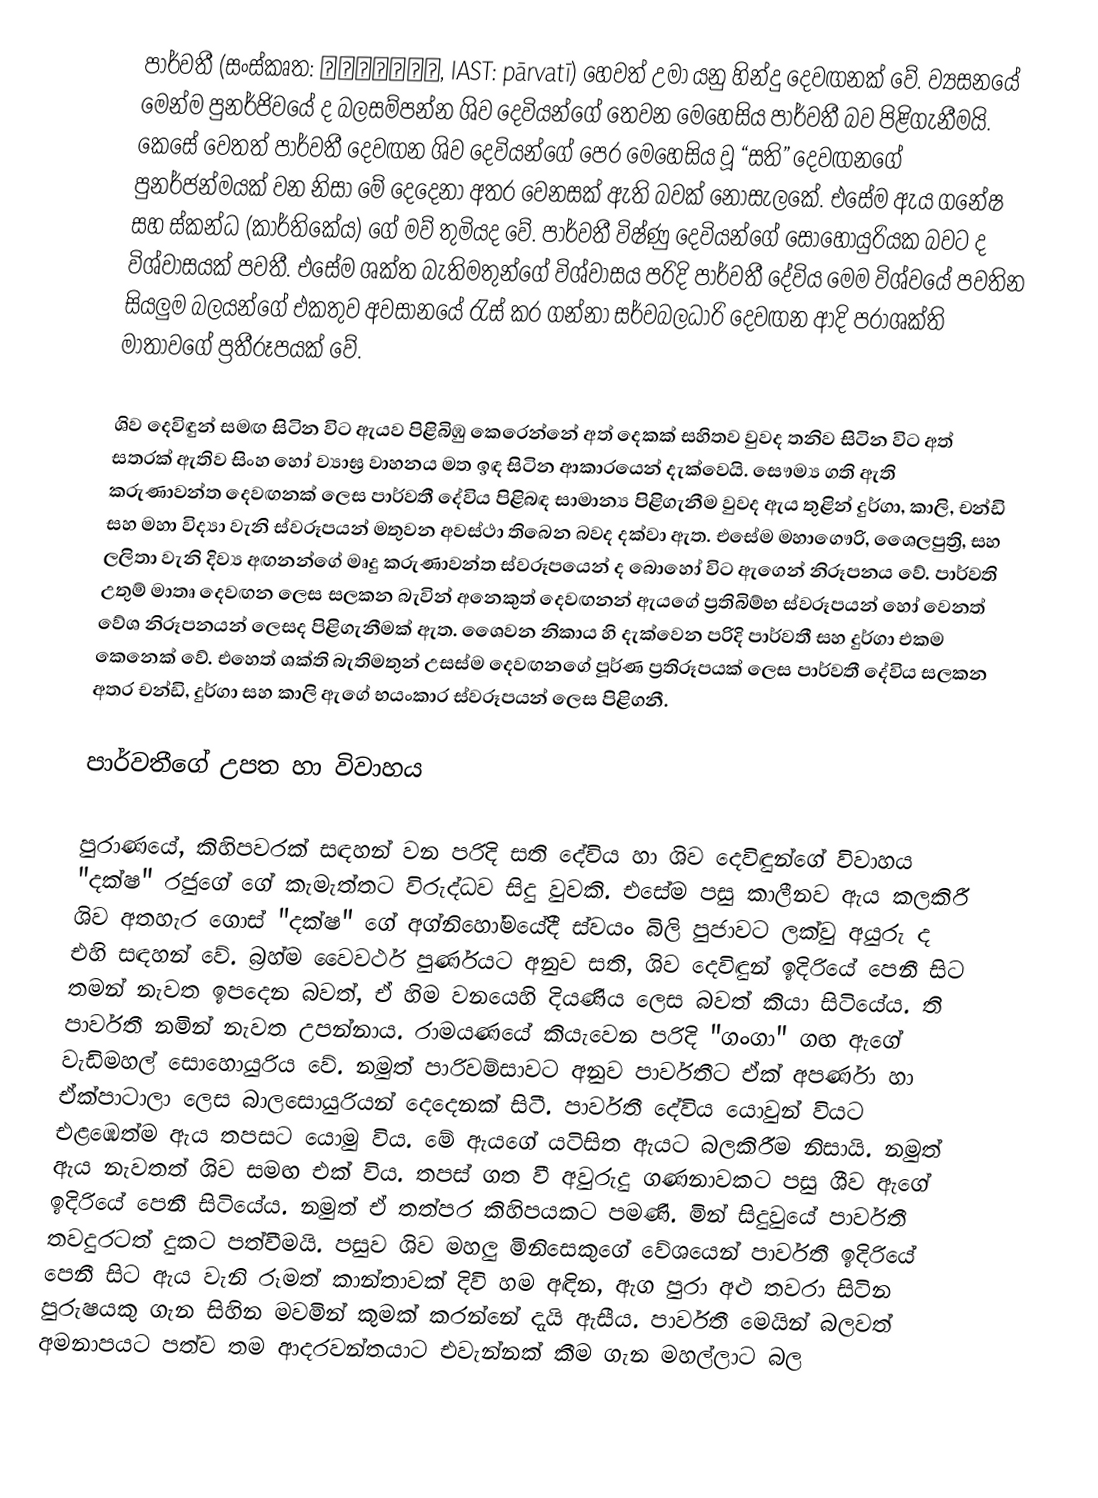
පාර්වතී  (සංස්කෘත: पार्वती, IAST: pārvatī)  හෙවත් උමා යනු හින්දු දෙවඟනක් වේ. ව්‍යසනයේ මෙන්ම පුනර්ජිවයේ ද බලසම්පන්න ශිව දෙවියන්ගේ තෙවන මෙහෙසිය පාර්වතී බව  පිළිගැනීමයි. කෙසේ වෙතත් පාර්වතී දෙවඟන ශිව දෙවියන්ගේ පෙර මෙහෙසිය වූ “සති” දෙවඟනගේ පුනර්ජන්මයක් වන නිසා මේ දෙදෙනා අතර වෙනසක් ඇති බවක් නොසැලකේ. එසේම ඇය ගනේෂ සහ ස්කන්ධ (කාර්තිකේය) ගේ මව් තුමියද වේ. පාර්වතී විෂ්ණු දෙවියන්ගේ සොහොයුරියක බවට ද විශ්වාසයක් පවතී. එසේම ශක්ත බැතිමතුන්ගේ විශ්වාසය පරිදි පාර්වතී දේවිය මෙම විශ්වයේ පවතින සියලුම බලයන්ගේ එකතුව අවසානයේ රැස් කර ගන්නා සර්වබලධාරි දෙවඟන ආදි පරාශක්ති මාතාවගේ ප්‍රතීරූපයක් වේ.

ශිව දෙවිඳුන් සමඟ සිටින විට ඇයව පිළිබිඹු කෙරෙන්නේ අත් දෙකක් සහිතව වුවද තනිව සිටින විට අත් සතරක් ඇතිව සිංහ හෝ ව්‍යාඝ්‍ර වාහනය මත ඉඳ සිටින ආකාරයෙන් දැක්වෙයි. සෞම්‍ය ගති ඇති කරුණාවන්ත දෙවඟනක් ලෙස පාර්වතී දේවිය පිළිබඳ සාමාන්‍ය පිළිගැනීම  වුවද ඇය තුළින් දුර්ගා, කාලි, චන්ඩි සහ මහා විද්‍යා වැනි ස්වරූපයන් මතුවන අවස්ථා තිබෙන බවද දක්වා ඇත. එසේම මහාගෞරි, ශෛලපුත්‍රි, සහ ලලිතා වැනි දිව්‍ය අඟනන්ගේ මෘදු කරුණාවන්ත ස්වරූපයෙන් ද බොහෝ විට ඇගෙන් නිරූපනය වේ. පාර්වති උතුම් මාතෘ දෙවඟන ලෙස සලකන බැවින් අනෙකුත් දෙවඟනන් ඇයගේ ප්‍රතිබිම්භ ස්වරූපයන් හෝ වෙනත් වේශ නිරූපනයන් ලෙසද පිළිගැනීමක් ඇත. ශෛවන නිකාය හි දැක්වෙන පරිදි පාර්වතී සහ දුර්ගා එකම කෙනෙක් වේ. එහෙත් ශක්ති බැතිමතුන් උසස්ම දෙවඟනගේ පූර්ණ ප්‍රතිරූපයක් ලෙස පාර්වතී දේවිය සලකන අතර චන්ඩි, දුර්ගා සහ කාලි ඇගේ භයංකාර ස්වරූපයන් ලෙස පිළිගනී.

පාර්වතීගේ උපත හා විවාහය

පුරාණයේ, කිහිපවරක් සඳහන් වන පරිදි සති දේවිය හා ශිව දෙවිඳුන්ගේ විවාහය "දක්ෂ" රජුගේ ගේ කැමැත්තට විරුද්ධව සිදු වුවකි. එසේම පසු කාලීනව ඇය කලකිරී ශිව අතහැර ගොස් "දක්ෂ" ගේ අග්නිහෝමයේදී ස්වයං බිලි පුජාවට ලක්වු අයුරු ද එහි සඳහන් වේ. බ්‍රහ්ම වෛවර්ථ පුර්ණයට අනුව සති, ශිව දෙවිඳුන් ඉදිරියේ පෙනී සිට තමන් නැවත ඉපදෙන බවත්, ඒ හිම වනයෙහි දියණිය ලෙස බවත් කියා සිටියේය. ති පාර්වතී නමින් නැවත උපන්නාය. රාමයණයේ කියැවෙන පරිදි "ගංගා" ගඟ ඇගේ වැඩිමහල් සොහොයුරිය වේ. නමුත් පාරිවම්සාවට අනුව පාර්වතීට ඒක් අපර්ණා හා ඒක්පාටාලා ලෙස බාල‍සොයුරියන් දෙදෙනක් සිටී. පාර්වතී දේවිය යොවුන් වියට එළඹෙත්ම ඇය තපසට යොමු විය. මේ ඇයගේ යටිසිත ඇයට බලකිරීම නිසායි. නමුත් ඇය නැවතත් ශිව සමඟ එක් විය. තපස් ගත වී අවුරුදු ගණනාවකට පසු ශීව ඇගේ ඉදිරියේ පෙනී සිටියේය. නමුත් ඒ තත්පර කිහිපයකට පමණි. මින් සිදුවුයේ පාර්වතී තවදුරටත් දුකට පත්වීමයි. පසුව ශිව මහලු මිනිසෙකුගේ වේශයෙන් පාර්වතී ඉදිරියේ පෙනී සිට ඇය වැනි රූමත් කාන්තාවක් දිවි හම අඳින, ඇග පුරා අළු තවරා සිටින පුරුෂයකු ගැන සිහින මවමින් කුමක් කරන්නේ දැයි ඇසීය. පාර්වතී මෙයින් බලවත් අමනාපයට පත්ව තම ආදරවන්තයාට එවැන්නක් කීම ගැන මහල්ලාට බල